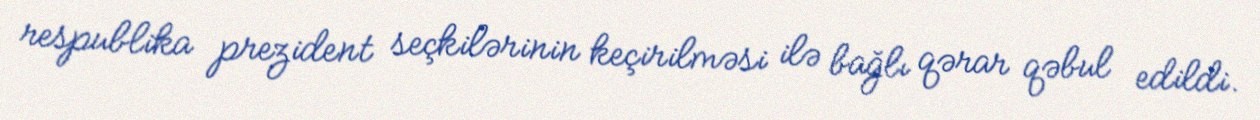
respublika prezident seçkilərinin keçirilməsi ilə bağlı qərar qəbul edildi.